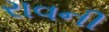
રાવની